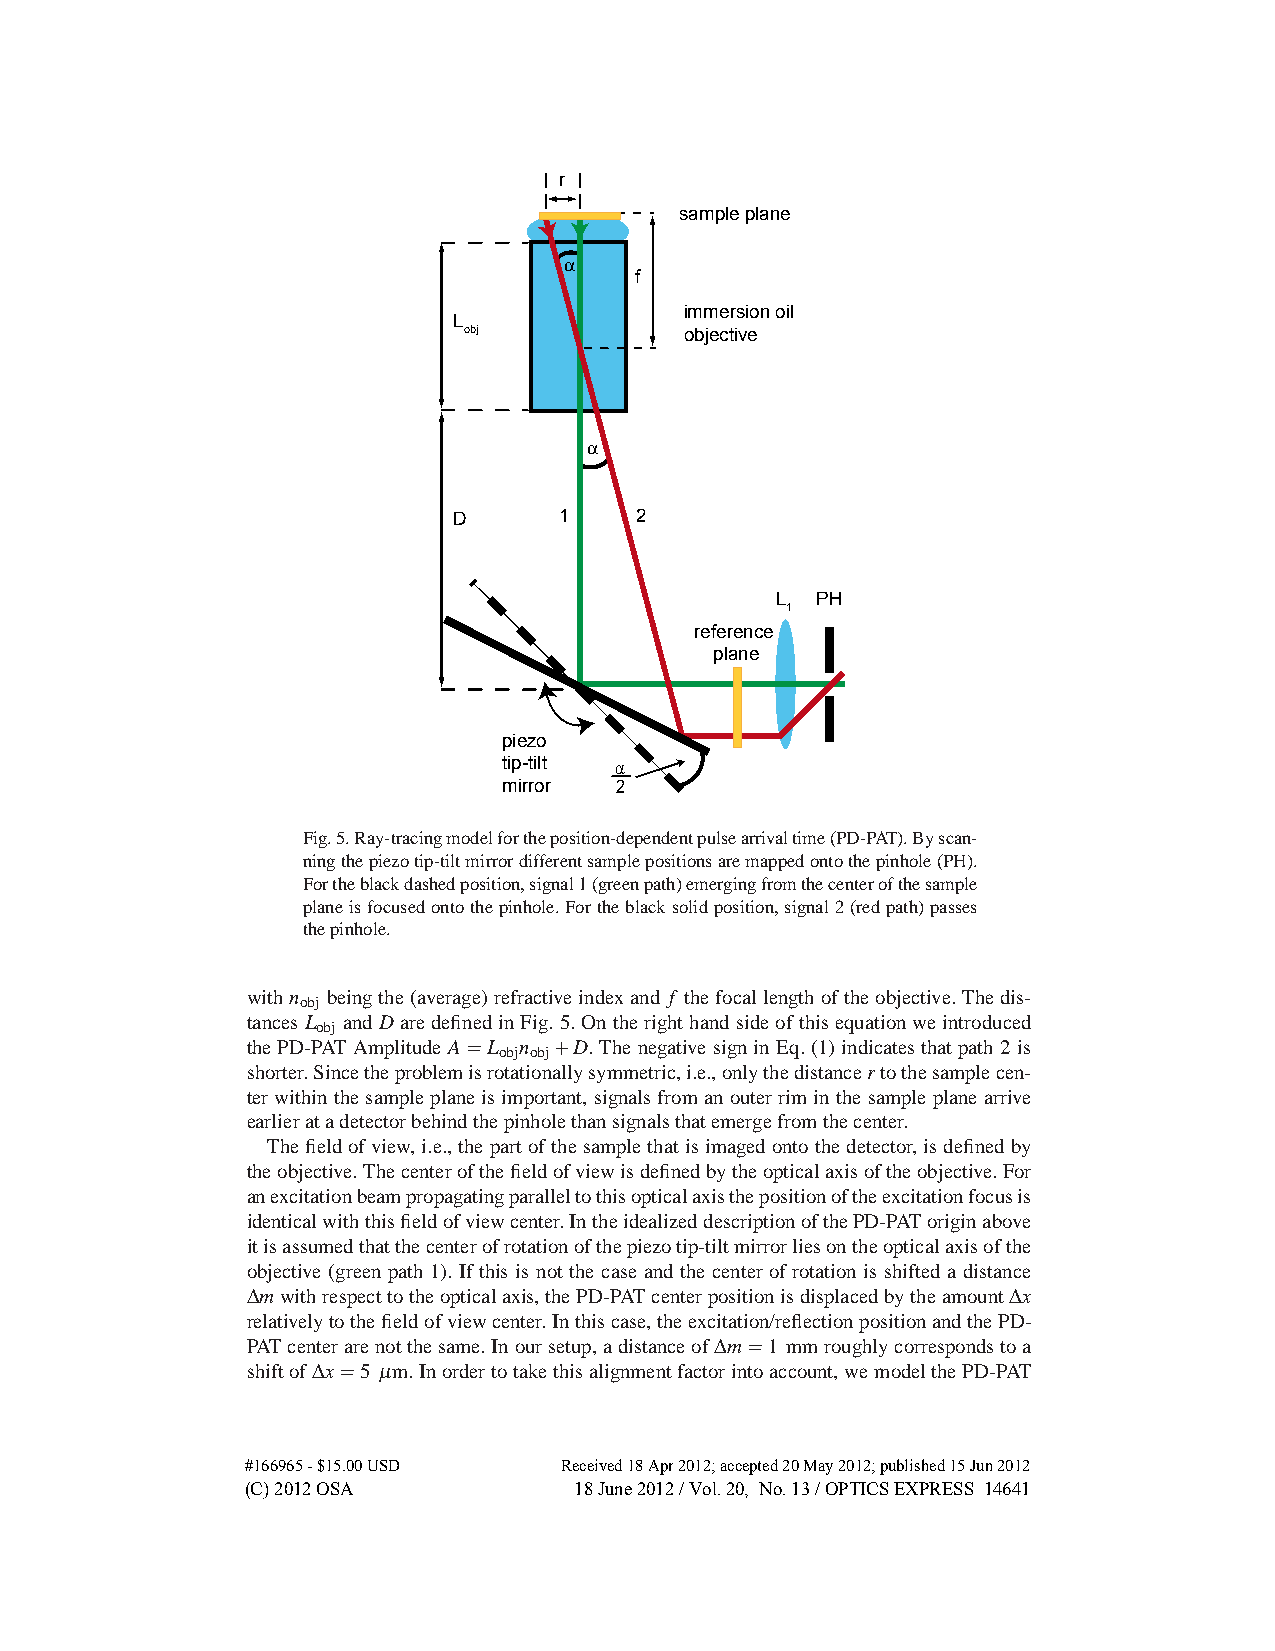
r
 sample plane
 α
 f
 immersion oil
 L
 obj           objective
 α
 D      1    2
 L  PH
 1
 reference
 plane
 piezo
 tip-tilt α
 mirror  2
 Fig.5.Ray-tracingmodelfortheposition-dependentpulsearrivaltime(PD-PAT).Byscan-
 ningthepiezotip-tiltmirrordifferentsamplepositionsaremappedontothepinhole(PH).
 Fortheblackdashedposition,signal1(greenpath)emergingfromthecenterofthesample
 planeisfocusedontothepinhole.Fortheblacksolidposition,signal2(redpath)passes
 thepinhole.
 withn beingthe(average)refractiveindexand f thefocallengthoftheobjective.Thedis-
 obj
 tancesL andDaredefinedinFig.5.Ontherighthandsideofthisequationweintroduced
 obj
 thePD-PAT AmplitudeA=L n +D.Thenegative signinEq.(1)indicates thatpath 2is
 obj obj
 shorter.Sincetheproblemisrotationallysymmetric,i.e.,onlythedistancertothesamplecen-
 terwithinthesampleplaneisimportant,signalsfromanouterriminthesampleplanearrive
 earlieratadetectorbehindthepinholethansignalsthatemergefromthecenter.
 Thefieldofview,i.e.,thepartofthesamplethatisimagedontothedetector,isdefinedby
 theobjective.Thecenterofthefieldofviewisdefinedbytheopticalaxisoftheobjective.For
 anexcitationbeampropagatingparalleltothisopticalaxisthepositionoftheexcitationfocusis
 identicalwiththisfieldofviewcenter.IntheidealizeddescriptionofthePD-PAToriginabove
 itisassumedthatthecenterofrotationofthepiezotip-tiltmirrorliesontheopticalaxisofthe
 objective (green path 1). If this is not the case and the center of rotation is shifted a distance
 Δm withrespecttotheopticalaxis,thePD-PATcenterpositionisdisplacedbytheamountΔx
 relativelytothefieldofviewcenter.Inthiscase,theexcitation/reflectionpositionandthePD-
 PATcenterarenotthesame.Inoursetup,adistanceofΔm =1 mmroughlycorrespondstoa
 shiftofΔx =5 μ m.Inordertotakethisalignmentfactorintoaccount,wemodelthePD-PAT
 #166965 - $15.00 USD Received 18 Apr 2012; accepted 20 May 2012; published 15 Jun 2012
 (C) 2012 OSA          18 June 2012 / Vol. 20, No. 13 / OPTICS EXPRESS 14641